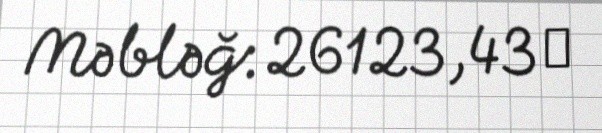
Məbləğ: 26123,43 ₼